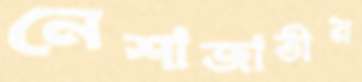
নেশাজাতীয়